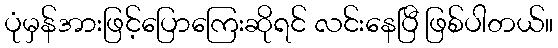
ပုံမှန်အားဖြင့်ပြောကြေးဆိုရင် လင်းနေပြီ ဖြစ်ပါတယ်။